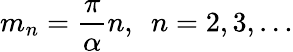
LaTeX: m_{n}=\frac{\pi}{\alpha}n,\ \ n=2,3,\ldots